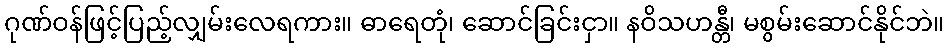
ဂုဏ်ဝန်ဖြင့်ပြည့်လျှမ်းလေရကား။ ဓာရေတုံ၊ ဆောင်ခြင်းငှာ။ နဝိသဟန္တီ၊ မစွမ်းဆောင်နိုင်ဘဲ။